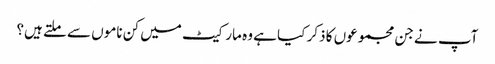
آپ نے جن مجموعوں کا ذکر کیا ہے وہ مارکیٹ میں کن ناموں سے ملتے ہیں؟